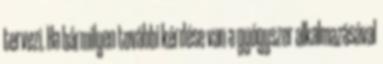
tervezi. Ha bármilyen további kérdése van a gyógyszer alkalmazásával